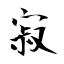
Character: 寂